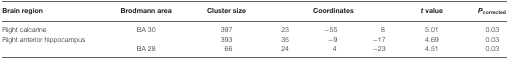
<table><thead><tr><td><b>Brain region</b></td><td><b>Brodmann area</b></td><td><b>Cluster size</b></td><td colspan="3"><b>Coordinates</b></td><td><b><i>t</i> value</b></td><td><b><i>P</i><sub>corrected</sub></b></td></tr></thead><tbody><tr><td>Right calcarine</td><td>BA 30</td><td>397</td><td>23</td><td>−55</td><td>8</td><td>5.01</td><td>0.03</td></tr><tr><td>Right anterior hippocampus</td><td></td><td>393</td><td>35</td><td>−9</td><td>−17</td><td>4.69</td><td>0.03</td></tr><tr><td></td><td>BA 28</td><td>66</td><td>24</td><td>4</td><td>−23</td><td>4.51</td><td>0.03</td></tr></tbody></table>